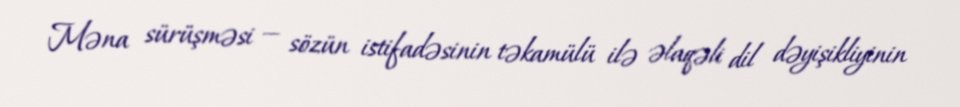
Məna sürüşməsi — sözün istifadəsinin təkamülü ilə əlaqəli dil dəyişikliyinin